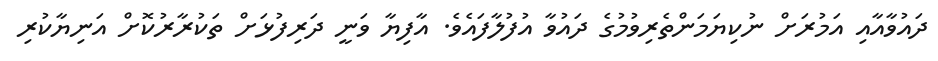
ދައުވާއާއި އަމުރަށް ނުކިޔަމަންތެރިވުމުގެ ދައުވާ އުފުލާފައެވެ. އާފިޔާ ވަނީ ދަރިފުޅަށް ތަކުރާރުކޮށް އަނިޔާކުރި